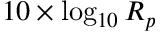
1 0 \times \log _ { 1 0 } R _ { p }